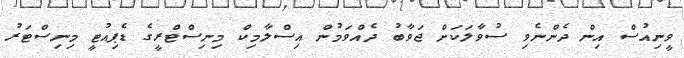
ވީނިއުސް އިން ދެންނެވި ސުވާލަކަށް ޖަވާބު ދެއްވަމުން އިސްލާމިކް މިނިސްޓްރީގެ ޑެޕިއުޓީ މިނިސްޓަރު